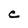
Character: C